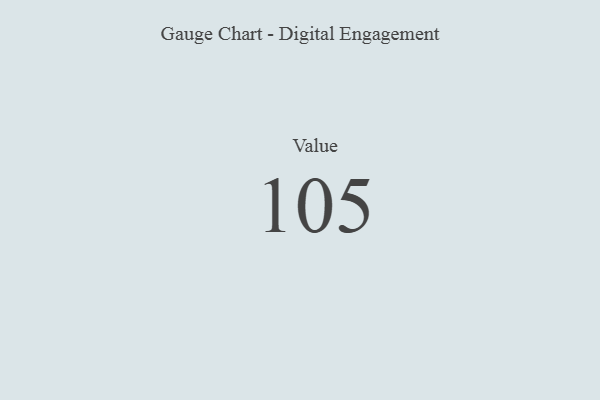
{"axis": {"x": "Metric", "y": "Value"}, "legend": [""], "data": [{"x": "Value", "y": 105, "type": ""}]}